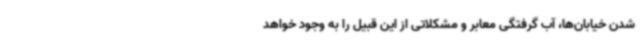
شدن خیابان‌ها، آب گرفتگی معابر و مشکلاتی از این قبیل را به وجود خواهد